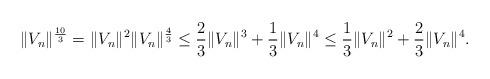
LaTeX: \begin{align*} &\|V_{n}\|^{\frac{10}{3}} = \|V_{n}\|^{2}\|V_{n}\|^{\frac{4}{3}} \le \frac{2}{3}\|V_{n}\|^{3} + \frac{1}{3}\|V_{n}\|^{4} \le \frac{1}{3}\|V_{n}\|^{2} + \frac{2}{3}\|V_{n}\|^{4}.\end{align*}